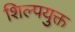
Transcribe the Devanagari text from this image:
शिल्पयुक्त